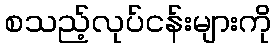
စသည့်လုပ်ငန်းများကို